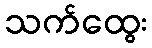
သက်ထွေး